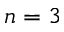
n = 3